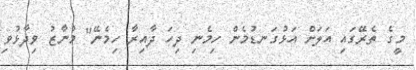
މީގެ ތެރޭގައި އަލަށް އަޅުގަނޑުމެން ހިމެނި ދިހަ ދާއިރާ ހިމެނޭ" މުނާޒު ވިދާޅުވި